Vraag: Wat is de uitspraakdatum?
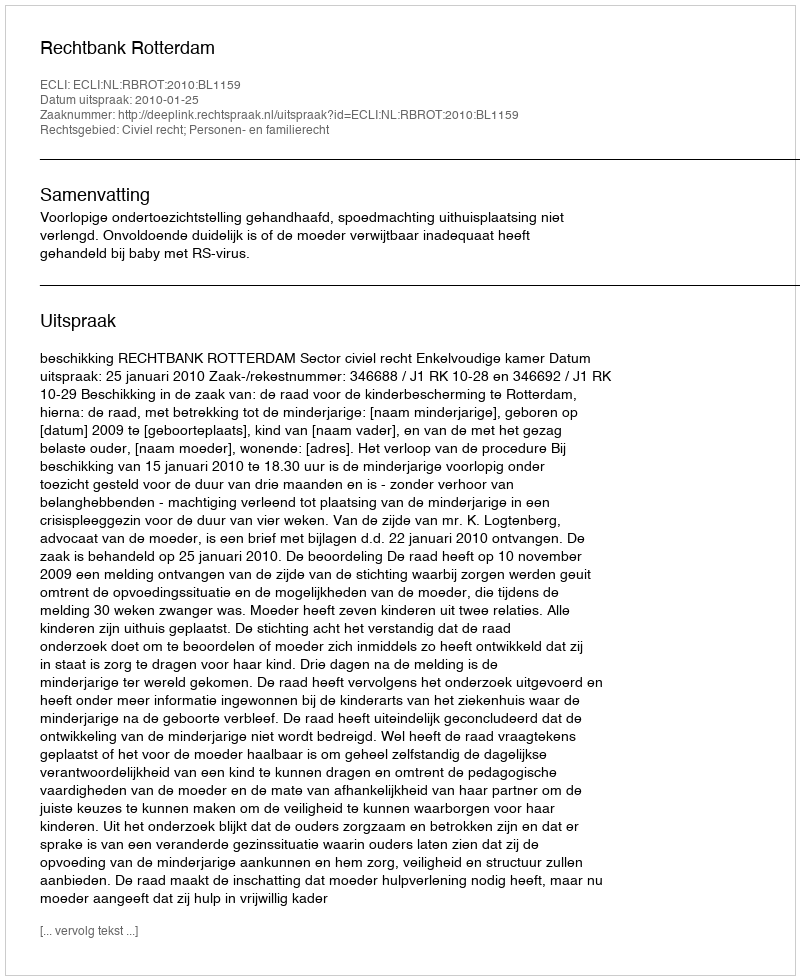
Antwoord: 2010-01-25